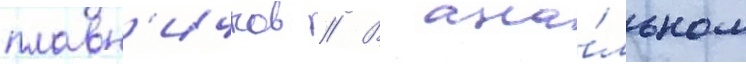
плавн'ичков // В ана́льном